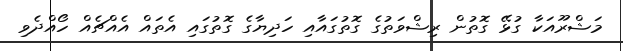
މަޝްރޫއަކާ ގުޅޭ ގޮތުން ރިޝްވަތުގެ ގޮތުގައާއި ހަދިޔާގެ ގޮތުގައި އެތައް އެއްޗެއް ހޯއްދެވި